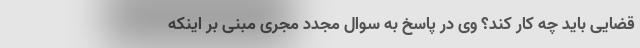
قضایی باید چه کار کند؟ وی در پاسخ به سوال مجدد مجری مبنی بر اینکه